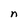
Character: n